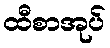
ထီစာအုပ်